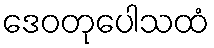
ဒေဝတုပေါသထံ